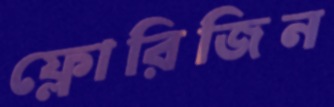
ফ্লোরিজিন